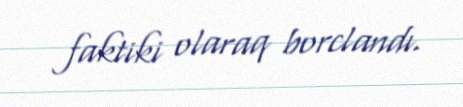
faktiki olaraq borclandı.